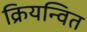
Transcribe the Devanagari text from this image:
क्रियन्वित